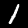
Digit: 1